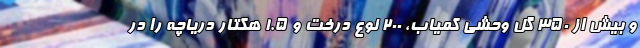
و بیش از 350 گل وحشی کمیاب، 200 نوع درخت و 1.5 هکتار دریاچه را در